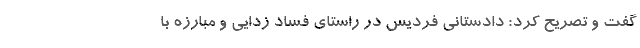
گفت و تصریح کرد: دادستانی فردیس در راستای فساد زدایی و مبارزه با